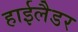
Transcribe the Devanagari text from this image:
हाईलैडर